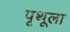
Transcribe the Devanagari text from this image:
पृथूला